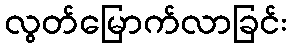
လွတ်မြောက်လာခြင်း